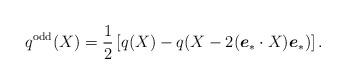
LaTeX: \begin{align*}q^{\rm odd}(X) = \frac12\left[q(X) - q(X-2(\boldsymbol{e}_\ast\cdot X) \boldsymbol{e}_\ast)\right].\end{align*}